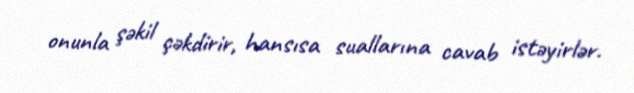
onunla şəkil çəkdirir, hansısa suallarına cavab istəyirlər.